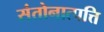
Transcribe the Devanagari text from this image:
संतोनात्पत्ति